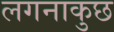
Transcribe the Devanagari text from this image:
लगनाकुछ